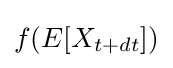
f(E[X_{t+dt}])